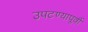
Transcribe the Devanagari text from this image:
उपटण्यापूर्वी